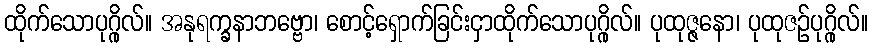
ထိုက်သောပုဂ္ဂိုလ်။ အနုရက္ခနာဘဗ္ဗော၊ စောင့်ရှောက်ခြင်းငှာထိုက်သောပုဂ္ဂိုလ်။ ပုထုဇ္ဇနော၊ ပုထုဇဉ်ပုဂ္ဂိုလ်။